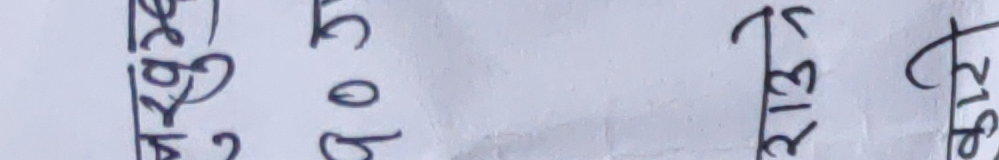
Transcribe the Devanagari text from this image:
मूल्य १८० रु
साइज १३